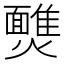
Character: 𩉈